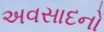
અવસાદનો